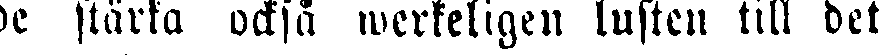
de stärka också werkeligen lusten till det